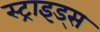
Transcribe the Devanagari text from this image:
स्ट्राइड्स